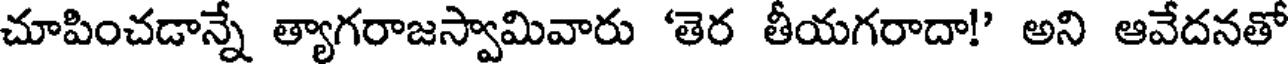
చూపించడాన్నే త్యాగరాజస్వామివారు 'తెర తీయగరాదా!' అని ఆవేదనతో